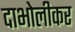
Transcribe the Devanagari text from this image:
दाभोलीकर